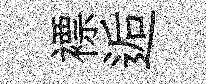
褾逅